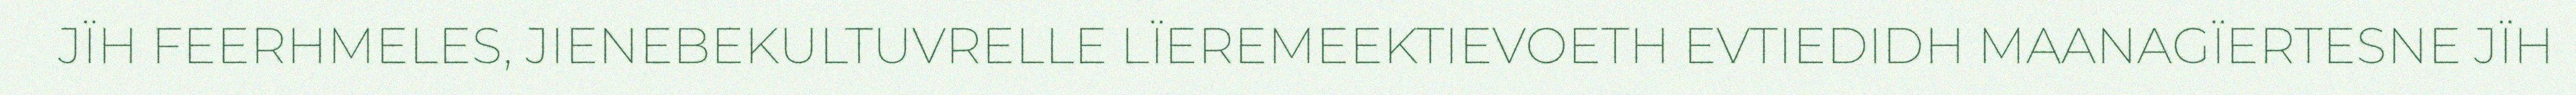
JÏH FEERHMELES, JIENEBEKULTUVRELLE LÏEREMEEKTIEVOETH EVTIEDIDH MAANAGÏERTESNE JÏH